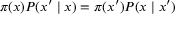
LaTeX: \pi ( x ) P ( x ^ { \prime } \mid x ) = \pi ( x ^ { \prime } ) P ( x \mid x ^ { \prime } )